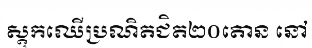
ស្តុកឈើប្រណិតជិត២០តោន នៅ